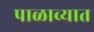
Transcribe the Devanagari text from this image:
पाळाव्यात